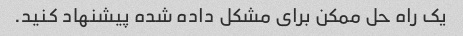
یک راه حل ممکن برای مشکل داده شده پیشنهاد کنید.